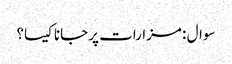
سوال : مزارات پر جانا کیسا؟